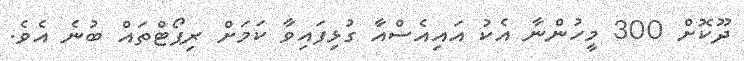
ދޫކޮށް 300 މީހުންނާ އެކު އައިއެސްއާ ގުޅިފައިވާ ކަމަށް ރިޕޯޓްތައް ބުނެ އެވެ.